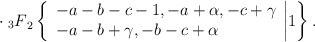
\begin{align*}\cdot \> {_3F}_2 \left\{\begin{array}{l}-a-b-c-1, -a+\alpha, -c+\gamma \\-a-b+\gamma, -b-c+\alpha \\\end{array}\biggr| 1 \right\}.\end{align*}